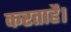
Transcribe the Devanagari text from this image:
करताहै।